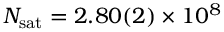
\ensuremath { N _ { \mathrm { s a t } } } = 2 . 8 0 ( 2 ) \times 1 0 ^ { 8 }